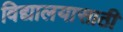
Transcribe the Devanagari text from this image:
विद्यालयासाठी